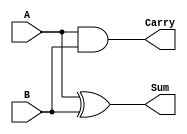
module HalfAdder (
    input wire A,
    input wire B,
    output wire Sum,
    output wire Carry
);
    // Logic for Half Adder
    assign Sum = A ^ B;        // Sum = A XOR B
    assign Carry = A & B;      // Carry = A AND B
endmodule